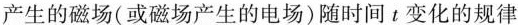
产生的磁场(或磁场产生的电场)随时间t变化的规律